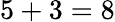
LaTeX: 5+3=8